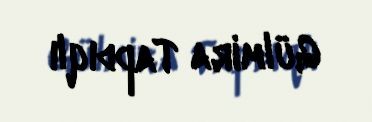
Gülmira Tapdıqlı